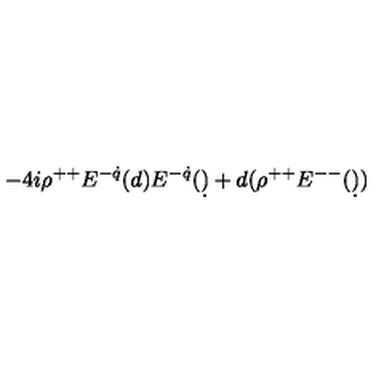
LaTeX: - 4 i \rho ^ { + + } E ^ { - \dot { q } } ( d ) E ^ { - \dot { q } } ( \d ) + d ( \rho ^ { + + } E ^ { -- } ( \d ) )